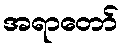
အရာတော်